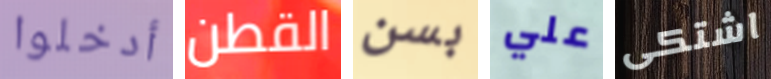
أدخلوا القطن بسن علي اشتكى